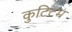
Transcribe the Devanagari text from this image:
कुटिटम